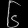
Digit: ၆